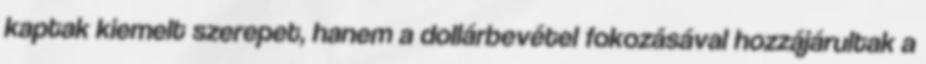
kaptak kiemelt szerepet, hanem a dollárbevétel fokozásával hozzájárultak a